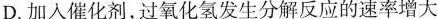
D.加入催化剂，过氧化氢发生分解反应的速率增大